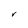
Character: V